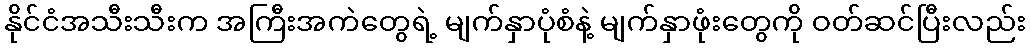
နိုင်ငံအသီးသီးက အကြီးအကဲတွေရဲ့ မျက်နှာပုံစံနဲ့ မျက်နှာဖုံးတွေကို ဝတ်ဆင်ပြီးလည်း